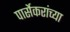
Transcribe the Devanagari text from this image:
पार्सेकरांच्या